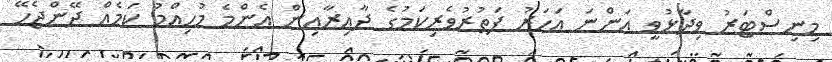
މިނިސްޓަރު ވިދާޅުވީ އަންނަ އަހަރު ފަތުރުވެރިކަމުގެ ދާއިރާއިން އެންމެ މުހިއްމު ކަމެއް ދޭންޖެހޭ